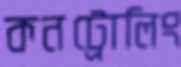
কনট্রোলিং